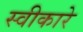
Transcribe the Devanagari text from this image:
स्‍वीकारे